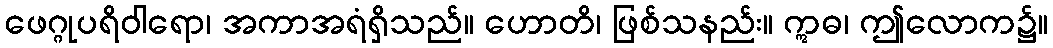
ဖေဂ္ဂုပရိဝါရော၊ အကာအရံရှိသည်။ ဟောတိ၊ ဖြစ်သနည်း။ ဣဓ၊ ဤလောက၌။